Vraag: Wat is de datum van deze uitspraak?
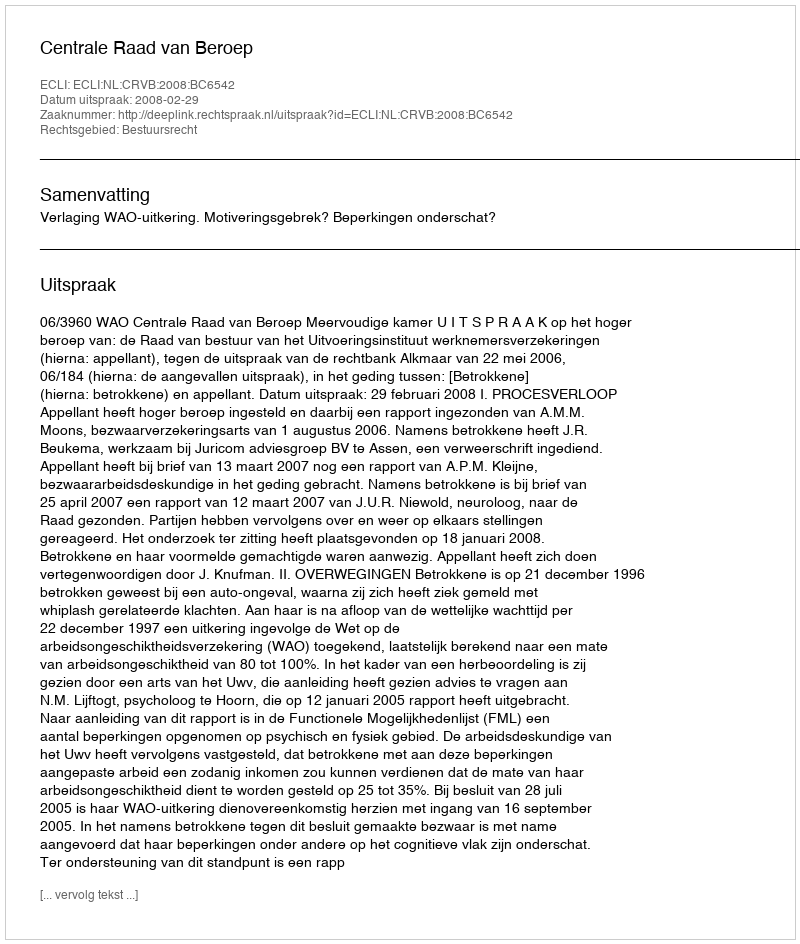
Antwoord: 2008-02-29